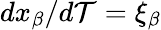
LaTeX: dx_{\beta}/d\mathcal{T}=\xi_{\beta}